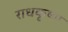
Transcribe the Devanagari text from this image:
राधकृष्ण